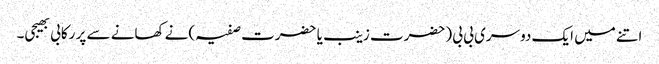
اتنے میں ایک دوسری بی بی (حضرت زینب یا حضرت صفیہ )نے کھانے سے پر رکابی بھیجی۔